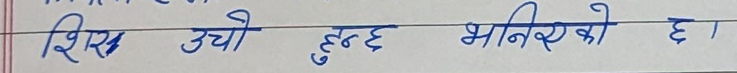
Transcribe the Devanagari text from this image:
शिर उची हुन्छ भनिरहेको छ।